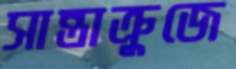
সান্তাক্রুজে